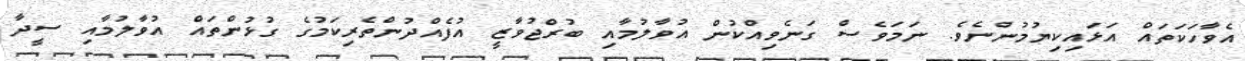
އެވާހަކަތައް އަޅައިކިޔުމުންނެވެ. ނަމަވެސް ގަނެވިއްކުން އުވާލުމާއި ބުރްޖުވާޒީ އުފެއްދުންތެރިކަމުގެ ގުޅުންތައް އުވާލުމާއި ސީދާ